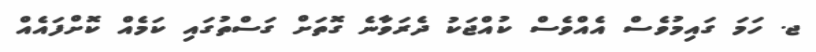
ޖ. ހަމަ ގައިމުވެސް އެއްވެސް ކުއްޖަކު ދެރަވާނެ ގޮތަށް ގަސްތުގައި ކަމެއް ކޮށްފައެއް